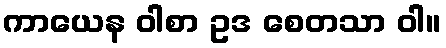
ကာယေန ဝါစာ ဥဒ စေတသာ ဝါ။